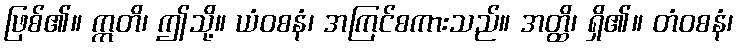
ဖြစ်၏။ ဣတိ၊ ဤသို့။ ယံဝစနံ၊ အကြင်စကားသည်။ အတ္ထိ၊ ရှိ၏။ တံဝစနံ၊